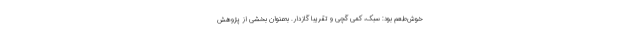
خوش‌طعم بود: سبک، کمی گچی و تقریباً گازدار. به‌عنوان بخشی از پژوهش